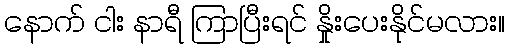
နောက် ငါး နာရီ ကြာပြီးရင် နှိုးပေးနိုင်မလား။